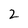
Character: 2